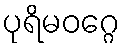
ပုရိမဝဂ္ဂေ